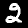
Label: 2